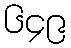
၆၄၉